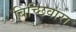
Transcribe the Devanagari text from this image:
बिच्छिवारा